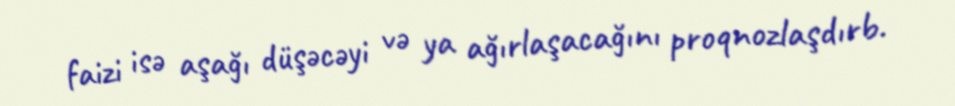
faizi isə aşağı düşəcəyi və ya ağırlaşacağını proqnozlaşdırb.